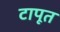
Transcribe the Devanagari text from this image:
टापूत